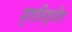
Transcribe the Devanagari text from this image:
प्रतिश्ठित